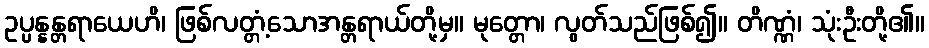
ဥပ္ပန္နန္တရာယေဟိ၊ ဖြစ်လတ္တံ့သောအန္တရာယ်တို့မှ။ မုတ္တော၊ လွတ်သည်ဖြစ်၍။ တိဏ္ဏံ၊ သုံးဦးတို့၏။